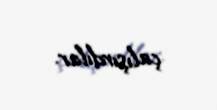
çalışırdılar.